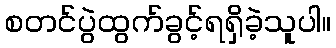
စတင်ပွဲထွက်ခွင့်ရရှိခဲ့သူပါ။